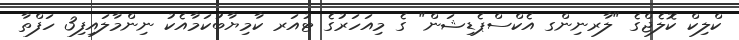
ކްލިކް ކޮލެޖްގެ "ލާރނިންގ އެކްސްޕެޑިޝަން" ގެ މިއަހަރުގެ ޓުއަރ ކާމިޔާބުކަމާއެކު ނިންމާލައިފި3 ހަފްތާ